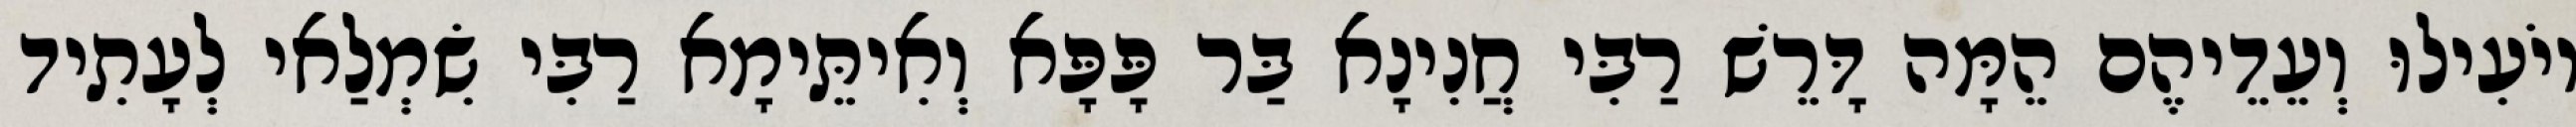
יוֹעִילוּ וְעֵדֵיהֶם הֵמָּה דָּרֵשׁ רַבִּי חֲנִינָא בַּר פָּפָּא וְאִיתֵּימָא רַבִּי שִׂמְלַאי לְעָתִיד